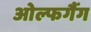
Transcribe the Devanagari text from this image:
ओल्फगैंग